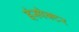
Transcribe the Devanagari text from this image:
इंस्‍पेक्‍टर